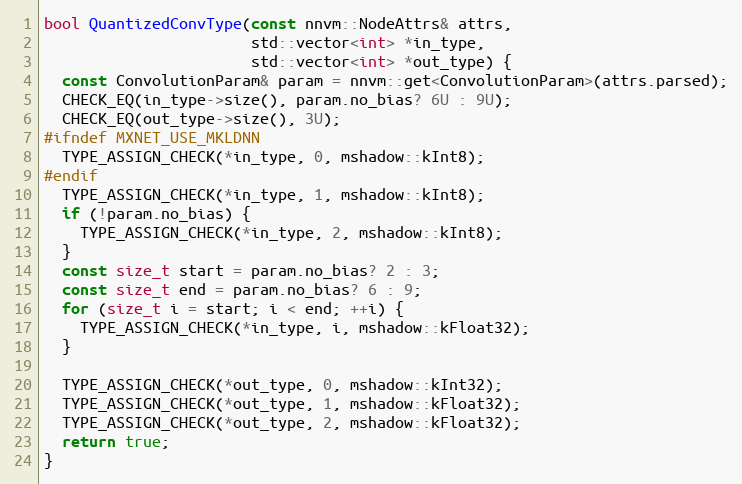
Language: C++
bool QuantizedConvType(const nnvm::NodeAttrs& attrs,
                       std::vector<int> *in_type,
                       std::vector<int> *out_type) {
  const ConvolutionParam& param = nnvm::get<ConvolutionParam>(attrs.parsed);
  CHECK_EQ(in_type->size(), param.no_bias? 6U : 9U);
  CHECK_EQ(out_type->size(), 3U);
#ifndef MXNET_USE_MKLDNN
  TYPE_ASSIGN_CHECK(*in_type, 0, mshadow::kInt8);
#endif
  TYPE_ASSIGN_CHECK(*in_type, 1, mshadow::kInt8);
  if (!param.no_bias) {
    TYPE_ASSIGN_CHECK(*in_type, 2, mshadow::kInt8);
  }
  const size_t start = param.no_bias? 2 : 3;
  const size_t end = param.no_bias? 6 : 9;
  for (size_t i = start; i < end; ++i) {
    TYPE_ASSIGN_CHECK(*in_type, i, mshadow::kFloat32);
  }

  TYPE_ASSIGN_CHECK(*out_type, 0, mshadow::kInt32);
  TYPE_ASSIGN_CHECK(*out_type, 1, mshadow::kFloat32);
  TYPE_ASSIGN_CHECK(*out_type, 2, mshadow::kFloat32);
  return true;
}